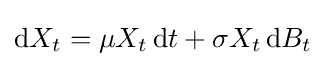
\mathrm {d} X_{t}=\mu X_{t}\,\mathrm {d} t+\sigma X_{t}\,\mathrm {d} B_{t}